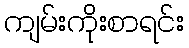
ကျမ်းကိုးစာရင်း